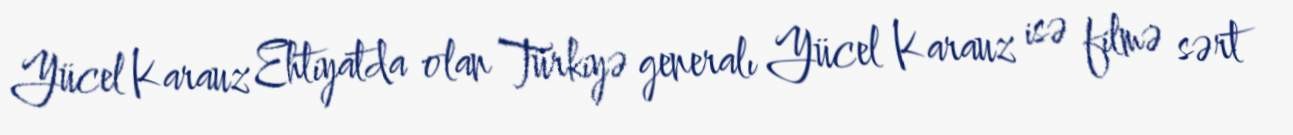
Yücel Karauz Ehtiyatda olan Türkiyə generalı Yücel Karauz isə filmə sərt